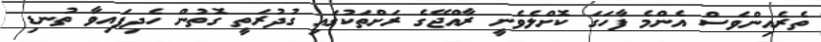
ތެރެއިންވެސް އެންމެ ފާހަގަ ކޮށްލެވެނީ ރާއްޖޭގެ ރަށްތަކުގައި ގުދުރަތީ ގޮތުން ހެދިފައިވާ ތުނޑި